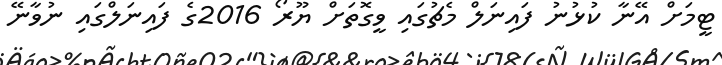
ޓީމަށް އޭނާ ކުޅުނު ފައިނަލް މެޗުގައި ވީގޮތަށް ޔޫރޯ 2016ގެ ފައިނަލްގައި ނުވާނޭ